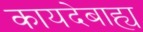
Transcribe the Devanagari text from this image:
कायदेबाह्य